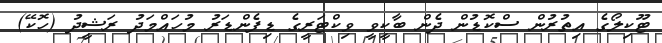
ޓޫކިލޯގެ އިތުރުން ސްކޮޑުން ދެން ބާކީވީ ވިކްޓަރީގެ ޑިފެންޑަރު މުހައްމަދު ރަޝީދު (ހޮކޭ)